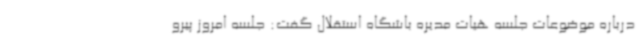
درباره موضوعات جلسه هیات مدیره باشگاه استقلال گفت: جلسه امروز پیرو